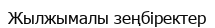
Жылжымалы зеңбіректер